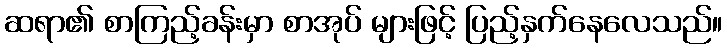
ဆရာ၏ စာကြည့်ခန်းမှာ စာအုပ် များဖြင့် ပြည့်နှက်နေလေသည်။